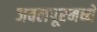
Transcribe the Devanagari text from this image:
जबलपूरमध्ये